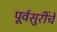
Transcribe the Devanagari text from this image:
पूर्वसुरींचे